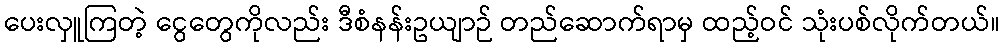
ပေးလှူကြတဲ့ ငွေတွေကိုလည်း ဒီစံနန်းဥယျာဉ် တည်ဆောက်ရာမှ ထည့်ဝင် သုံးပစ်လိုက်တယ်။